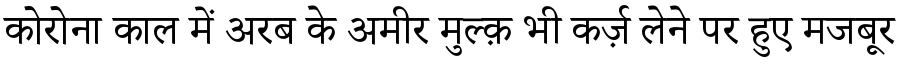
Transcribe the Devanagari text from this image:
कोरोना काल में अरब के अमीर मुल्क़ भी कर्ज़ लेने पर हुए मजबूर